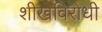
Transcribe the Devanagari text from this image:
शीखविरोधी